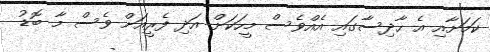
ކަމަށާއި އެ ހާދިސާގައި އެއްވެސް މީހަކަށް އަދި ފެރީއަށް ވެސް މާ ބޮޑު